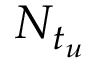
N _ { t _ { u } }